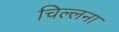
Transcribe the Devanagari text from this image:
चिल्लना